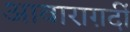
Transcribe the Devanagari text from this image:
आवाराग़र्दी